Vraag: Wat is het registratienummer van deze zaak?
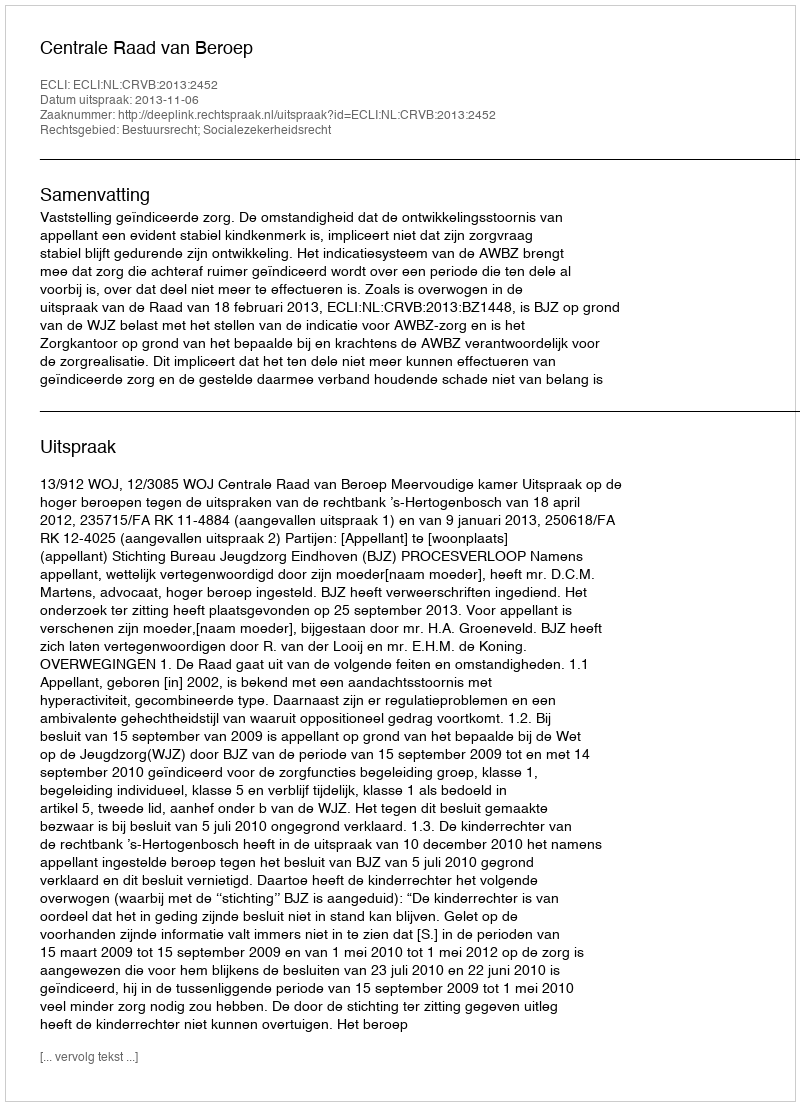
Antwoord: http://deeplink.rechtspraak.nl/uitspraak?id=ECLI:NL:CRVB:2013:2452